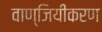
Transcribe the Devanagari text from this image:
वाण्जियीकरण